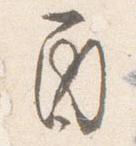
酉